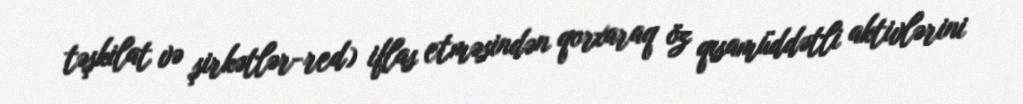
təşkilat və şirkətlər-red) iflas etməsindən qorxaraq öz qısamüddətli aktivlərini